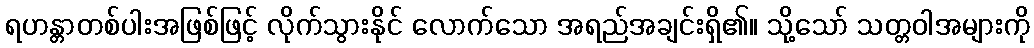
ရဟန္တာတစ်ပါးအဖြစ်ဖြင့် လိုက်သွားနိုင် လောက်သော အရည်အချင်းရှိ၏။ သို့သော် သတ္တဝါအများကို